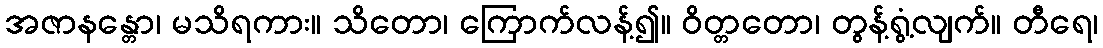
အဇာနန္တော၊ မသိရကား။ သိတော၊ ကြောက်လန့်၍။ ဝိတ္တတော၊ တွန့်ရွံ့လျက်။ တီရေ၊